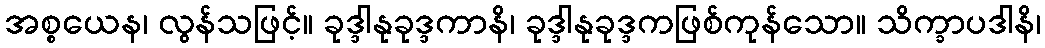
အစ္စယေန၊ လွန်သဖြင့်။ ခုဒ္ဒါနုခုဒ္ဒကာနိ၊ ခုဒ္ဒါနုခုဒ္ဒကဖြစ်ကုန်သော။ သိက္ခာပဒါနိ၊